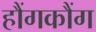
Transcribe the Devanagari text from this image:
हौंगकौंग